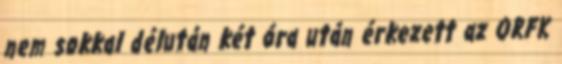
nem sokkal délután két óra után érkezett az ORFK